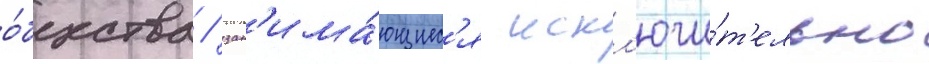
о́бщества / зан'има́ющиес'я искл'ючи́т'ельно